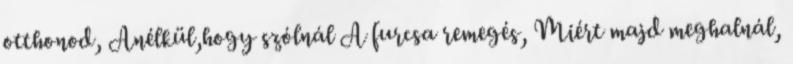
otthonod, Anélkül,hogy szólnál A furcsa remegés, Miért majd meghalnál,